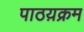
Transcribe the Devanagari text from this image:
पाठय़क्रम